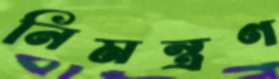
নিমন্ত্রণ